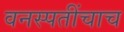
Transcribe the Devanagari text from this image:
वनस्पतींचाच